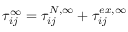
\tau _ { i j } ^ { \infty } = \tau _ { i j } ^ { N , \infty } + \tau _ { i j } ^ { e x , \infty }